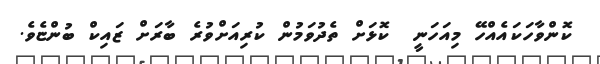
ކޮންވާހަކައެއްހޭ މިއަހަނީ  ކޮޅަށް ތެދުވަމުން ކުރިއަށްވުރެ ބާރަށް ޒައިކް ބުންޏެވެ.